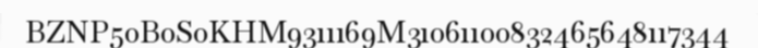
BZNP50B0S0KHM9311169M31061100832465648117344